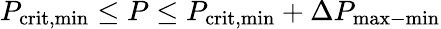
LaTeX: P_{\mathrm{crit,min}}\leq P\leq P_{\mathrm{crit,min}}+\Delta P_{\mathrm{max-min}}